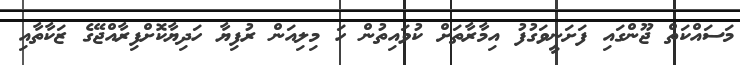
މަސައްކަތް ޖޫންގައި ފަށަނީވަގުފު އިމާރާތަށް ކުވައިތުން ހަ މިލިއަން ރުފިޔާ ހަދިޔާކޮށްފިރާއްޖޭގެ ޒަކާތާއި